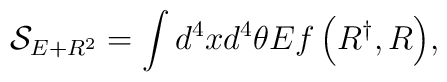
{\mathcal{S}}_{E+R^{2}}=\int{d^{4}xd^{4}\theta E f\left(R^{\dagger},R\right)},